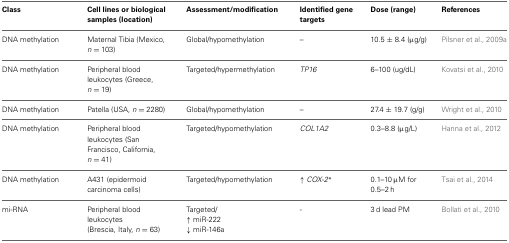
| Class | Cell lines or biological samples (location) | Assessment/modification | Identified gene targets | Dose (range) | References |
 | --- | --- | --- | --- | --- | --- |
 | DNA methylation | Maternal Tibia (Mexico, n = 103) | Global/hypomethylation | – | 10.5 ± 8.4 (μg/g) | Pilsner et al., 2009a |
 | DNA methylation | Peripheral blood leukocytes (Greece, n = 19) | Targeted/hypermethylation | TP16 | 6–100 (ug/dL) | Kovatsi et al., 2010 |
 | DNA methylation | Patella (USA, n = 2280) | Global/hypomethylation | – | 27.4 ± 19.7 (g/g) | Wright et al., 2010 |
 | DNA methylation | Peripheral blood leukocytes (San Francisco, California, n = 41) | Targeted/hypomethylation | COL1A2 | 0.3–8.8 (μg/L) | Hanna et al., 2012 |
 | DNA methylation | A431 (epidermoid carcinoma cells) | Targeted/hypomethylation | ↑ COX-2* | 0.1–10 μM for 0.5–2 h | Tsai et al., 2014 |
 | <ROWSPAN=3> mi-RNA | <ROWSPAN=2> Peripheral blood leukocytes | Targeted/ | <ROWSPAN=3> - | <ROWSPAN=3> 3 d lead PM | <ROWSPAN=3> Bollati et al., 2010 |
 | ↑ miR-222 |
 | (Brescia, Italy, n = 63) | ↓ miR-146a |